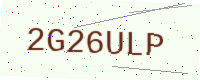
Text: 2G26ULP